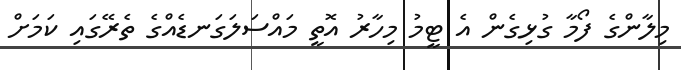
މިލާންގެ ފޯމާ ގުޅިގެން އެ ޓީމު މިހާރު އޮތީ މައްސަލަގަނޑެއްގެ ތެރޭގައި ކަމަށް